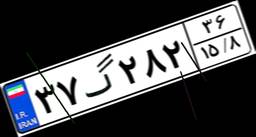
۹۶گ۹۷۴۱۷